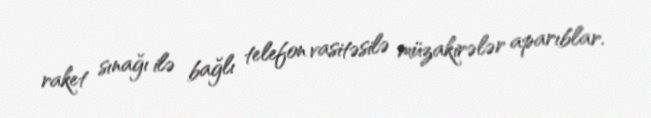
raket sınağı ilə bağlı telefon vasitəsilə müzakirələr aparıblar.